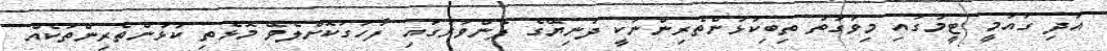
އަދި ގައުމީ ޓީމުގައި މިވަގުތު ތިބިކުޅުންތެރިންނަކީ ދުނިޔޭގެ ފެންވަރުގައި ފާހަގަކޮށްލެވޭ މޮޅެތި ކުޅުންތެރިންތަކެއް